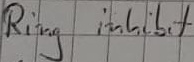
Text: Ring inhibit